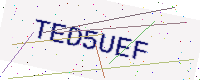
Text: TED5UEF